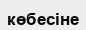
көбесіне